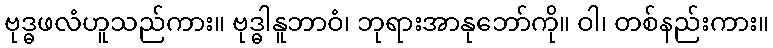
ဗုဒ္ဓဖလံဟူသည်ကား။ ဗုဒ္ဓါနူဘာဝံ၊ ဘုရားအာနုဘော်ကို။ ဝါ၊ တစ်နည်းကား။